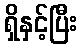
ရှိနှင့်ပြီး